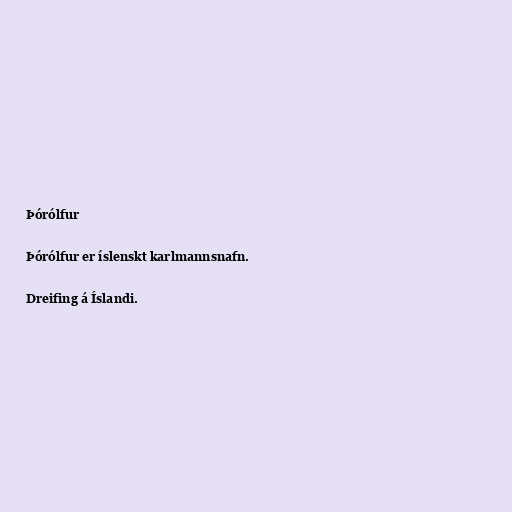
Þórólfur

Þórólfur er íslenskt karlmannsnafn.

Dreifing á Íslandi.